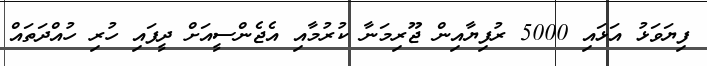
ފިޔަވަޅު އަޅައި 5000 ރުފިޔާއިން ޖޫރިމަނާ ކުރުމާއި އެޖެންސީއަށް ދީފައި ހުރި ހުއްދަތައް